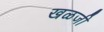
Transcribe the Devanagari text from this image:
खळजी